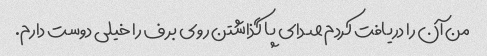
من آن را دریافت کردم صدای پا گذاشتن روی برف را خیلی دوست دارم.